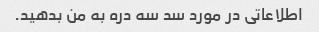
اطلاعاتی در مورد سد سه دره به من بدهید.